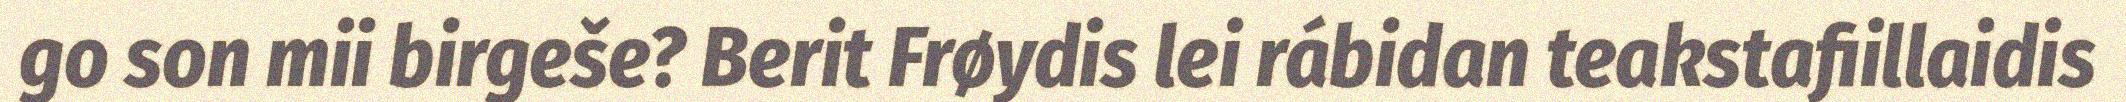
go son mii birgeše? Berit Frøydis lei rábidan teakstafiillaidis